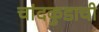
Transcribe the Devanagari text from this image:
चांदकुडाची